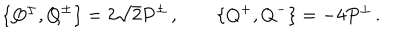
LaTeX: \{ Q ^ { \pm } , Q ^ { \pm } \} = 2 \sqrt 2 P ^ { \pm } \, , \qquad \{ Q ^ { + } , Q ^ { - } \} = - 4 P ^ { \perp } \, .